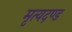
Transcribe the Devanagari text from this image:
मृत्यदण्ड